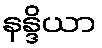
နန္ဒိယာ